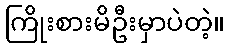
ကြိုးစားမိဦးမှာပဲတဲ့။